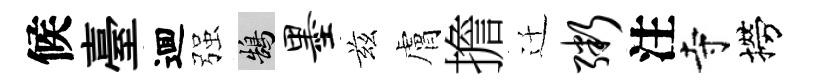
候臺逥强鵠墨兹膚擔迁粥注寺撈